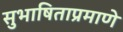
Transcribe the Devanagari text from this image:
सुभाषिताप्रमाणे